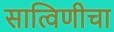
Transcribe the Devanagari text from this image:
सात्विणीचा